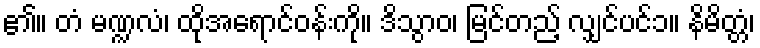
၏။ တံ မဏ္ဍလံ၊ ထိုအရောင်ဝန်းကို။ ဒိသွာဝ၊ မြင်တည့် လျှင်ပင်၁။ နိမိတ္တံ၊